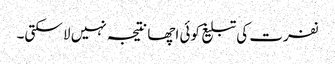
نفرت کی تبلیغ کوئی اچھا نتیجہ نہیں لا سکتی۔